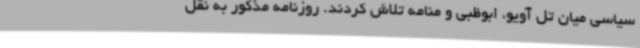
سیاسی میان تل آویو، ابوظبی و منامه تلاش کردند. روزنامه مذکور به نقل